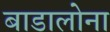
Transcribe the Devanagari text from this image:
बाडालोना